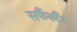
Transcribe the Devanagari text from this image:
सर्फैक्टैंट